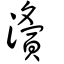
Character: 濥